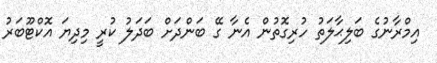
އިމްރާނުގެ ބަލިޙާލަތު ހުރިގޮތުން އެނާ ގޭ ބަންދަށް ބަދަލު ކުރީ މިދިޔަ އޮކްޓޫބަރު